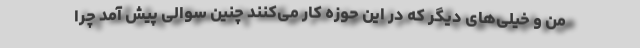
من و خیلی‌های دیگر که در این حوزه کار می‌کنند چنین سوالی پیش آمد چرا